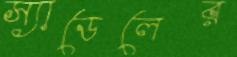
স্যাডেলের